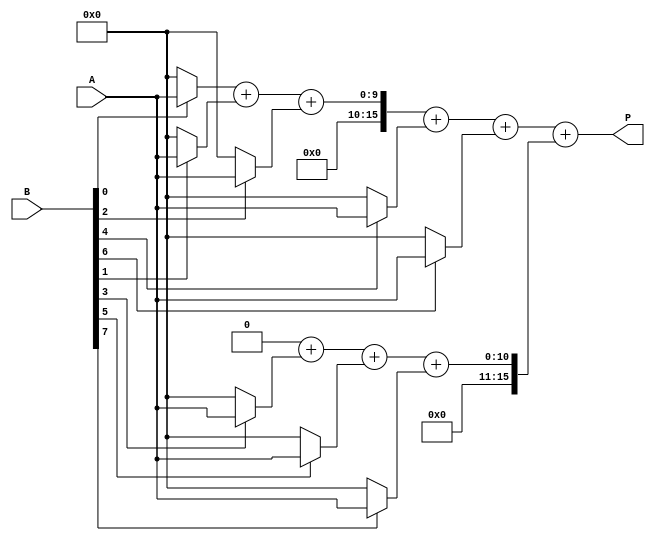
module radix4_wallace_tree_multiplier #(parameter A_WIDTH = 8, B_WIDTH = 8) (
    input [A_WIDTH-1:0] A,
    input [B_WIDTH-1:0] B,
    output [A_WIDTH + B_WIDTH - 1:0] P
);

// Partial product generation
wire [A_WIDTH * 2 - 1:0] pp [B_WIDTH/2-1:0]; // Partial products
genvar i, j;

// Generating partial products
generate
    for (i = 0; i < B_WIDTH/2; i = i + 1) begin : pp_gen
        assign pp[i][0 +: A_WIDTH] = B[2*i] ? A : 0;
        assign pp[i][A_WIDTH +: A_WIDTH] = B[2*i + 1] ? A : 0;
    end
endgenerate

// Wallace Tree Reduction
wire [A_WIDTH + B_WIDTH:0] sum [B_WIDTH/2-1:0]; // Intermediate sums
wire [A_WIDTH + B_WIDTH:0] carry [B_WIDTH/2-1:0]; // Intermediate carries
wire [A_WIDTH + B_WIDTH:0] final_sum;
wire [A_WIDTH + B_WIDTH:0] final_carry;

// Wallace tree stages
generate
    for (j = 0; j < B_WIDTH/2; j = j + 1) begin : reduction
        // Using half and full adders for the Wallace tree reduction
        if (j == 0) begin
            assign sum[j] = pp[j][0 +: A_WIDTH] + pp[j][A_WIDTH +: A_WIDTH];
            assign carry[j] = 0; // No carry for the first stage
        end else begin
            // Add the current partial products with the carry from previous stage
            wire [A_WIDTH + B_WIDTH:0] next_sum;
            wire [A_WIDTH + B_WIDTH:0] next_carry;
            assign next_sum = sum[j-1] + pp[j][0 +: A_WIDTH];
            assign next_carry = carry[j-1] + pp[j][A_WIDTH +: A_WIDTH];
            assign sum[j] = next_sum;
            assign carry[j] = next_carry;
        end
    end
endgenerate

// Final addition
assign final_sum = sum[B_WIDTH/2 - 1] + carry[B_WIDTH/2 - 1];
assign P = final_sum;

endmodule